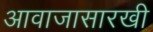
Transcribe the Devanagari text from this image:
आवाजासारखी